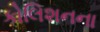
કોલિશનના